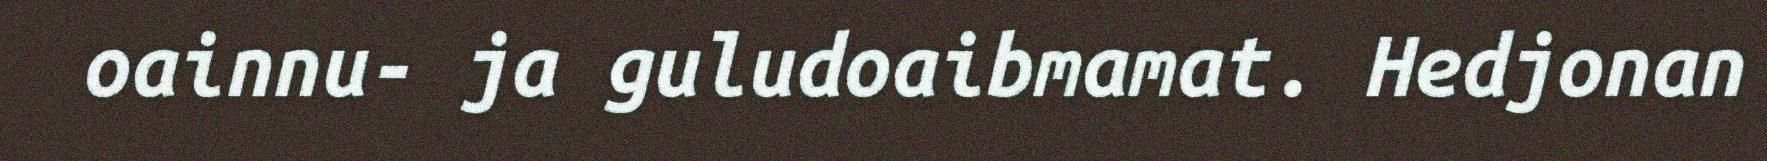
oainnu- ja guludoaibmamat. Hedjonan